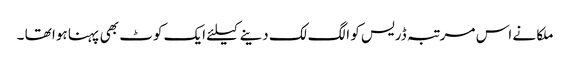
ملکا نے اس مرتبہ ڈریس کو الگ لک دینے کیلئے ایک کوٹ بھی پہنا ہوا تھا ۔